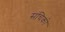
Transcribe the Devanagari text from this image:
संचिको